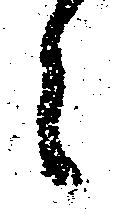
々